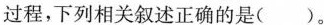
过程，下列相关叙述正确的是( )。